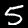
Digit: 5